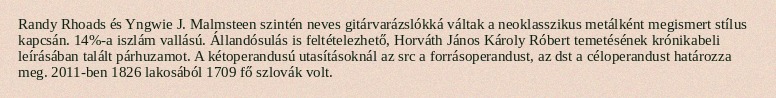
Randy Rhoads és Yngwie J. Malmsteen szintén neves gitárvarázslókká váltak a neoklasszikus metálként megismert stílus kapcsán. 14%-a iszlám vallású. Állandósulás is feltételezhető, Horváth János Károly Róbert temetésének krónikabeli leírásában talált párhuzamot. A kétoperandusú utasításoknál az src a forrásoperandust, az dst a céloperandust határozza meg. 2011-ben 1826 lakosából 1709 fő szlovák volt.